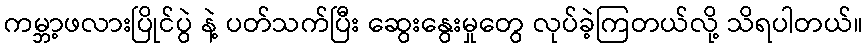
ကမ္ဘာ့ဖလားပြိုင်ပွဲ နဲ့ ပတ်သက်ပြီး ဆွေးနွေးမှုတွေ လုပ်ခဲ့ကြတယ်လို့ သိရပါတယ်။